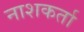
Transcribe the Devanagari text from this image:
नाशकर्ता